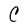
Character: C